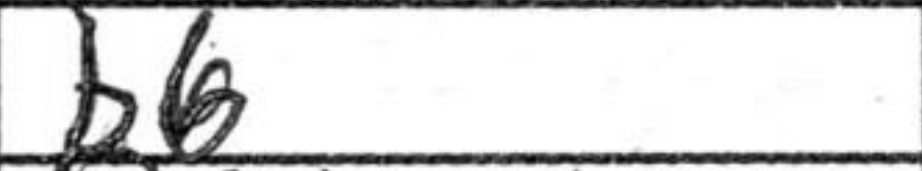
Transcription: b6